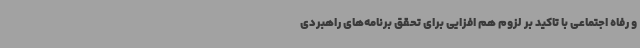
و رفاه اجتماعی با تاکید بر لزوم هم افزایی برای تحقق برنامه‌های راهبردی